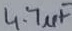
Text: 4.7µF